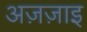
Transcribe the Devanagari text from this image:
अज़ज़ाइ